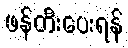
ဖန်တီးပေးရန်